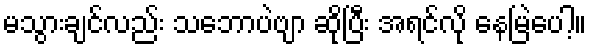
မသွားချင်လည်း သဘောပဲဗျာ ဆိုပြီး အရင်လို နေမြဲပေါ့။